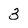
Character: 3